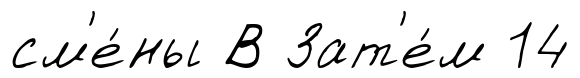
см'е́ны В Зат'е́м 14